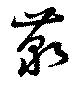
藐